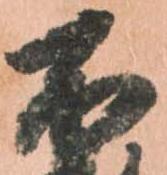
不